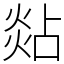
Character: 煔